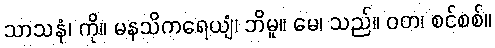
သာသနံ၊ ကို။ မနသိကရေယျံ၊ ဘိမူ။ မေ၊ သည်။ ဝတ၊ စင်စစ်။